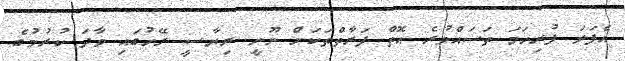
އެފަދަ ފުރިހަމަ ތަސައްވުރެ އޮތް ފަރާތްތަކަށް ނޫނީ ރިޔާސީ ރޭހުގައި ވާދަ ކުރުމުގެ